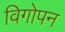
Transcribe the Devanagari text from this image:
विगोपन